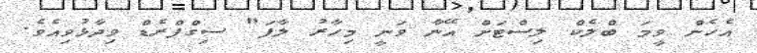
އެހެން ވީމަ ބްލެކް ލިސްޓަށް އޭނާ ވަނީ މިހާރު ލާފަ" ސިގްފްރެޑް ވިދާޅުވިއެވެ.